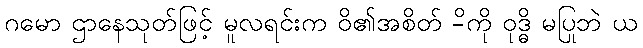
ဂမော ဌာနေသုတ်ဖြင့် မူလရင်းက ဝိ၏အစိတ် -ိကို ဝုဒ္ဓိ မပြုဘဲ ယ